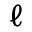
\ell